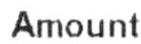
AMOUNT